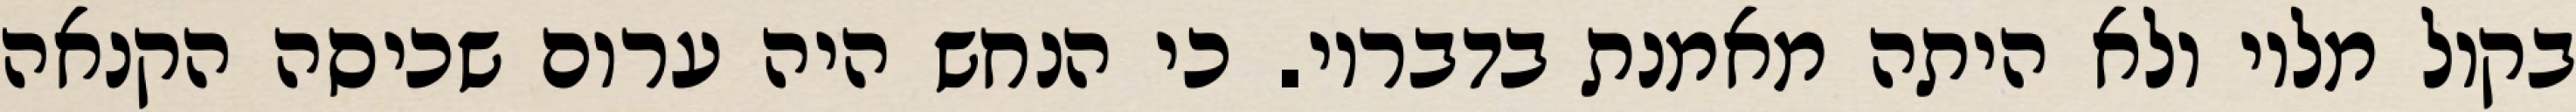
בקול מליו ולא היתה מאמנת בדבריו. כי הנחש היה ערום שכיסה הקנאה